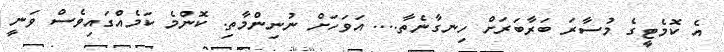
އެ ކޮމެޓީގެ މުސާރަ ބަރާބަރަށް ހިނގާނެތާ.... އަވަހަށް ނުނިންމާތި. ކޮންމެ ކަމެއްގައިވެސް ވަނީ